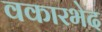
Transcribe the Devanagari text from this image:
वकारभेद